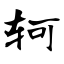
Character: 轲